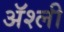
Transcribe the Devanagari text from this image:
ॲश्ली